First report of the anti-malarial operations at Mian Mir, 1901-1903 - Number 6
Year: 1901
Disease focus: Malaria
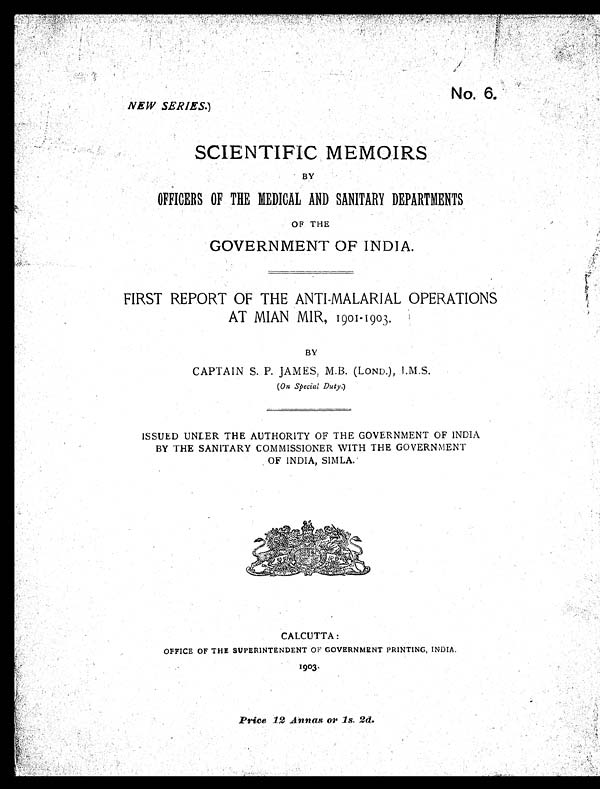
No. 6.
NEW SERIES.)
SCIENTIFIC MEMOIRS
BY
OFFICERS OF THE MEDICAL AND SANITARY DEPARTMENTS
OF THE
GOVERNMENT OF INDIA.
FIRST REPORT OF THE ANTI-MALARIAL OPERATIONS
AT MIAN MIR, 1901-1903.
BY
CAPTAIN S. P. JAMES, M.B. (LOND.), I.M.S.
(On Special Duty.)
ISSUED UNLER THE AUTHORITY OF THE GOVERNMENT OF INDIA
BY THE SANITARY COMMISSIONER WITH THE GOVERNMENT
OF INDIA, SIMLA.
CALCUTTA:
OFFICE OF THE SUPERINTENDENT OF GOVERNMENT PRINTING, INDIA.
1903
Price 12 Annas or 1s. 2d.